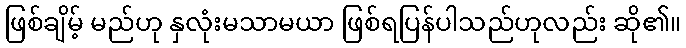
ဖြစ်ချိမ့် မည်ဟု နှလုံးမသာမယာ ဖြစ်ရပြန်ပါသည်ဟုလည်း ဆို၏။